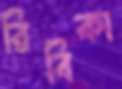
রিবিকা